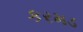
કરમડ